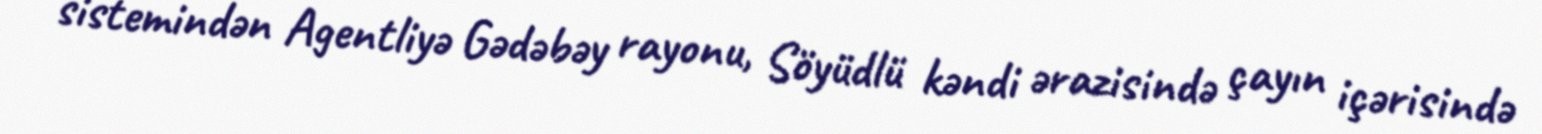
sistemindən Agentliyə Gədəbəy rayonu, Söyüdlü kəndi ərazisində çayın içərisində